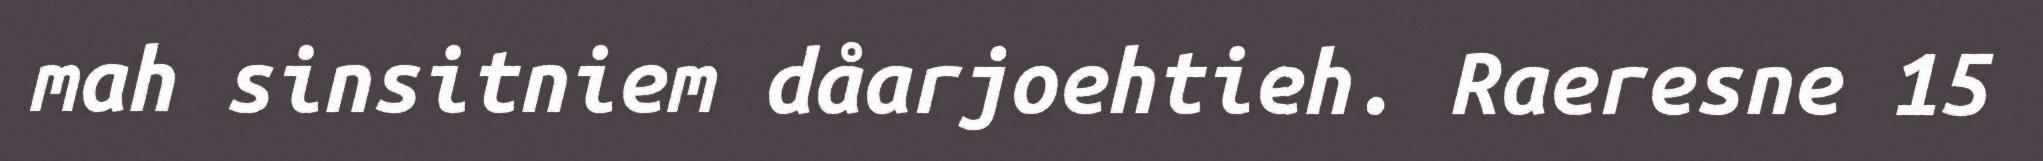
mah sinsitniem dåarjoehtieh. Raeresne 15